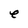
Character: e